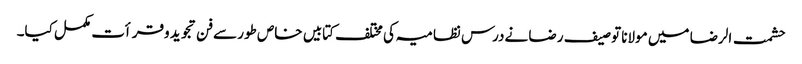
حشمت الرضا میں مولانا توصیف رضا نےدرس نظامیہ کی مختلف کتابیں خاص طور سےفن تجوید وقرأت مکمل کیا۔